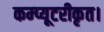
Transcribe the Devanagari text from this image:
कम्प्यूटरीकृत।